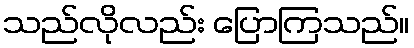
သည်လိုလည်း ပြောကြသည်။